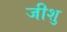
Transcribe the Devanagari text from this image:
जीशु